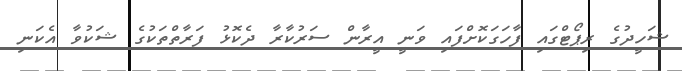
ޝަހީދުގެ ރިޕޯޓްގައި ފާހަގަކޮށްފައި ވަނީ އީރާން ސަރުކާރާ ދެކޮޅު ފަރާތްތަކުގެ ޝަކުވާ އެކަނި